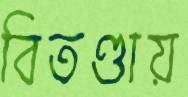
বিতণ্ডায়